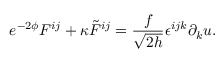
e ^ { - 2 \phi } F ^ { i j } + \kappa { \tilde { F } } ^ { i j } = \frac { f } { \sqrt { 2 h } } \epsilon ^ { i j k } \partial _ { k } u .